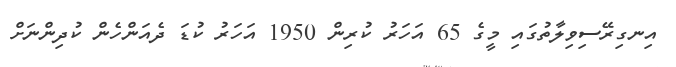
އިނގިރޭސިވިލާތުގައި މީގެ 65 އަހަރު ކުރިން 1950 އަހަރު ކުޑަ ދެއަންހެން ކުދިންނަށް